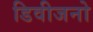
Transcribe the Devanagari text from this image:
डिवीजनो